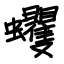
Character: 蠼